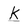
Character: k